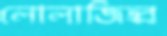
লোলাজিহ্ব